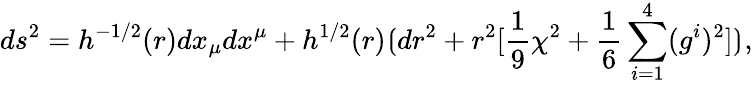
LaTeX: ds^{2}=h^{-1/2}(r)dx_{\mu}dx^{\mu}+h^{1/2}(r)\lgroup dr^{2}+r^{2}[{\frac{1}{9}}\chi^{2}+{\frac{1}{6}}\sum_{i=1}^{4}(g^{i})^{2}]\rgroup,